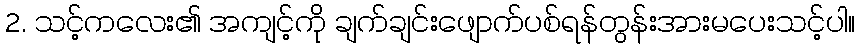
2. သင့်ကလေး၏ အကျင့်ကို ချက်ချင်းဖျောက်ပစ်ရန်တွန်းအားမပေးသင့်ပါ။